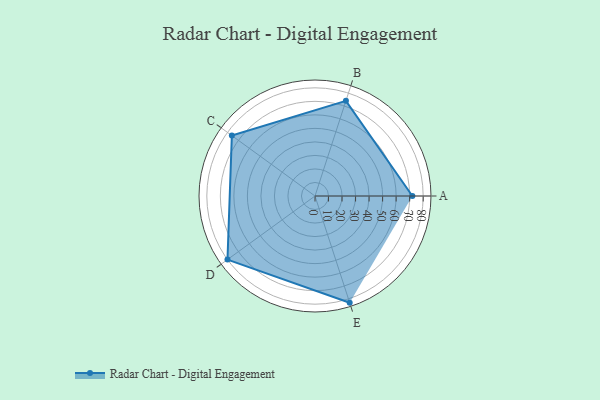
{"axis": {"x": "Skill", "y": "Score"}, "legend": ["Profile"], "data": [{"x": "A", "y": 72.0, "type": "Profile"}, {"x": "B", "y": 74.0, "type": "Profile"}, {"x": "C", "y": 76.0, "type": "Profile"}, {"x": "D", "y": 80.0, "type": "Profile"}, {"x": "E", "y": 83.0, "type": "Profile"}]}